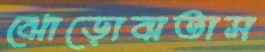
ঝোড়োবাতাস